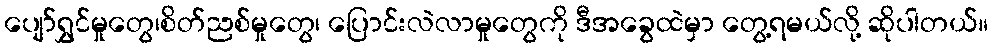
ပျော်ရွှင်မှုတွေ၊စိတ်ညစ်မှုတွေ၊ ပြောင်းလဲလာမှုတွေကို ဒီအခွေထဲမှာ တွေ့ရမယ်လို့ ဆိုပါတယ်။